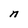
Character: n